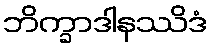
ဘိက္ခာဒါနဿိဒံ